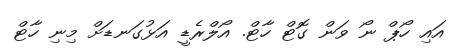
އައި ހޯޕް ނޯ ވަން ގޮޓް ހާޓް. އޯލްރެޑީ އަޅުގަނޑަށް މިނި ހާޓް